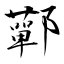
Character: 鄿